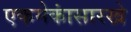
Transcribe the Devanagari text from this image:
एकमेकांसारखे